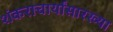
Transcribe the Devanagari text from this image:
शंकराचार्यांसारख्या